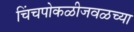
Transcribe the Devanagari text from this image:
चिंचपोकळीजवळच्या